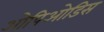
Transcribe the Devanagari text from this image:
ओपिओडिस